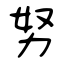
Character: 努